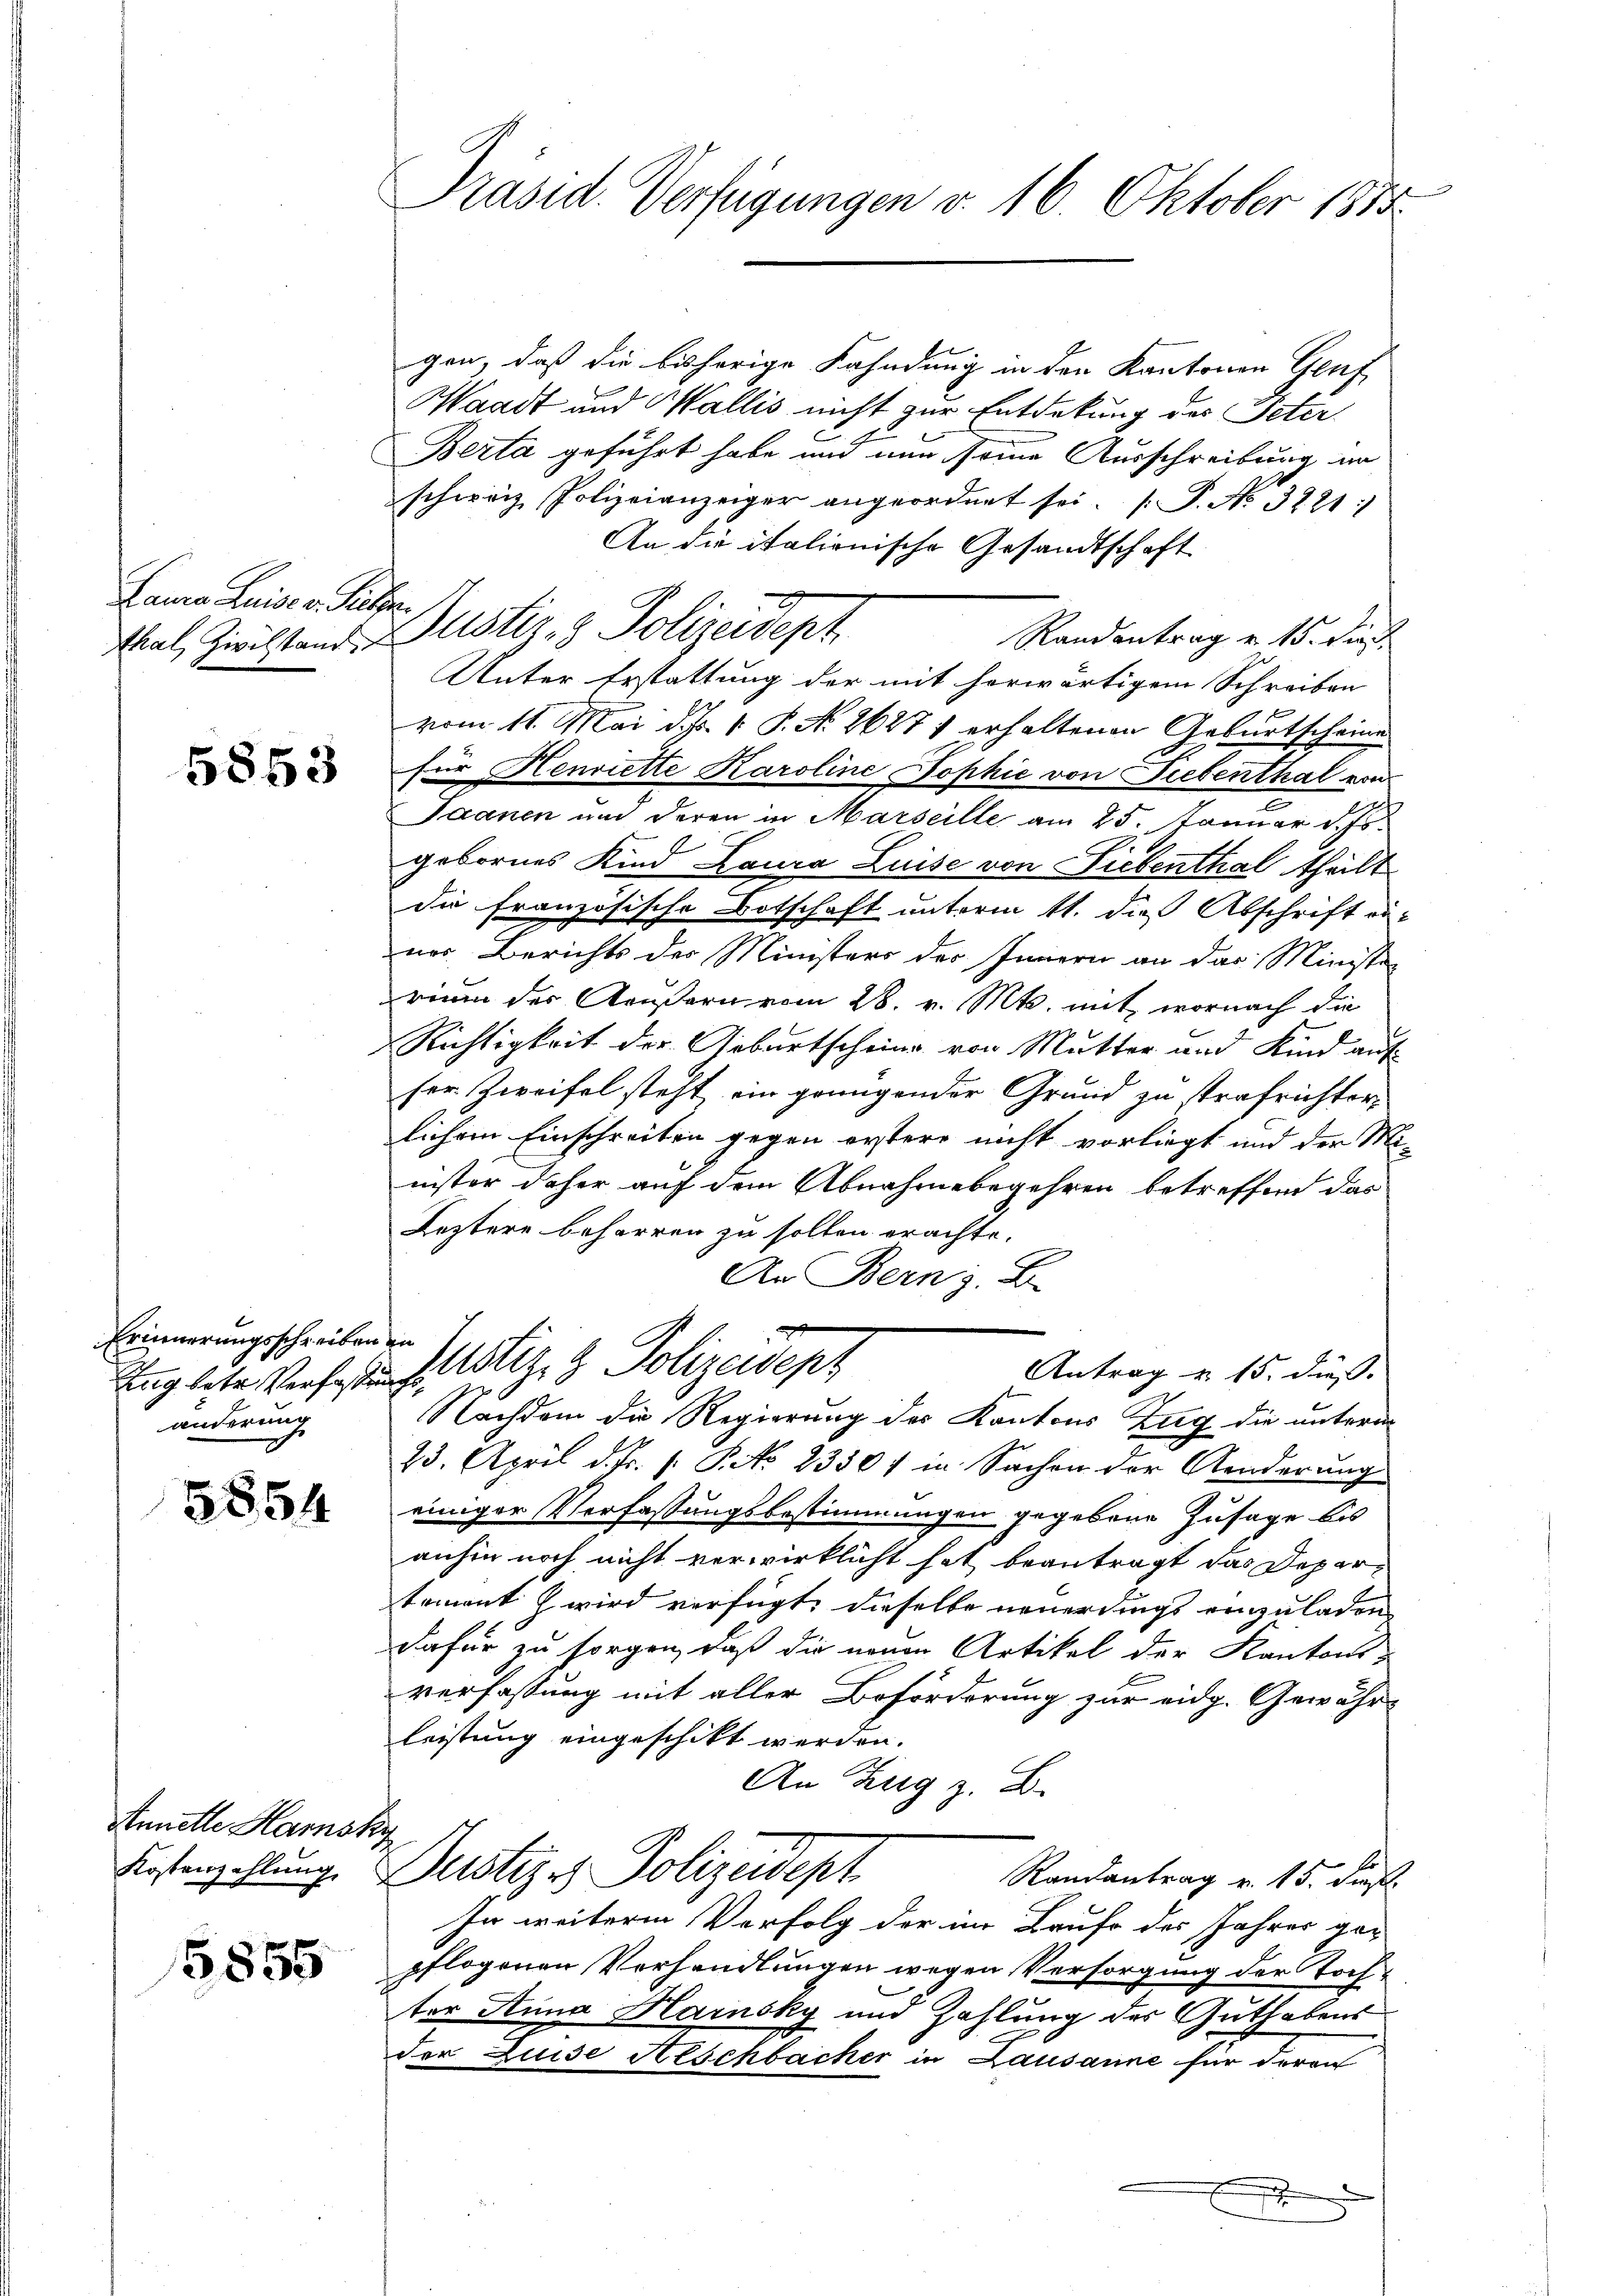
Tauria Luise v. Ritter
thal, Zivilstand

5853

Erinnerungsschreiben in
änderung

8854

Annelle Hansky

5855

Präsid. Verfügungen v. 16 Oktober 1885

gen, daß die bisherige Fahndung in den Kantonen Genf
Waadt und Wallis nicht zur Entdekung des Peter
Berta geführt habe und nun seine Ausschreibung in
schweiz. Polizeianzeiger angeordnet sei. P. No. 3281:
An die italienische Gesandtschaft
Randantrag v. 15. Die
Unter Erstattung der mit herwärtigem Schreiben
vom 11. Mai d. 1. P. No. 26271 erhaltenen Geburtscheine
für Henriette Karoline Sophie von Liebenthal von
Saanen und deren in Marseille am 25. Januar d. Js.
gebornes Kind Laura Luise von Liebenthal theilt
die französische Botschaft unterm 11. dies Abschrift en
ner Berichts der Ministers der Innern an das Ministe
wenn der Aeußern vom 28. v. Mts. mit, wornach die
Richtigkeit der Geburtscheine von Mutter und Kind auf
ser Zweifel steht ein grungender Grund zu strafrichterlichem Einschreiten gegen erstere nicht vorliegt und der M
nister daher auf dem Abnahmebegehren betreffend das
Leztere beharren zu sollen erachte.
An Bern z. B.
2
Antrag u. 15. dieß.
Ingleter Vorfahrt. 2 Polizeidept
Nachdem die Regierung des Kantons Zug die untern
23. April d. Fr. 1. P. No 23301 in Sachen der Aenderung
einiger Verfassungsbestimmungen gegebene Zusage bis
anhin noch nicht verwirklicht hat beantragt das Departement wird verfügt: dieselbe neuerdings einzuladen,
dafür zu sorgen, daß die neuen Artikel der Kantonsverfassung mit aller Beförderung zur eidg. Gewährs
leistung eingeschikt werden.
An Zug z. B.
Kostenzahlung Dustizes Polizeidept
Randantrag v. 15. dies
In weitere Verfolg der im Laufe des Jahres ge-
pflogenen Verhandlungen wegen Versorgung der Tochter Anna Hainsky und Zahlung des Guthabens
der Luise Anschbacker in Lausanne für deren
e

Justiz- & Polizeidept.